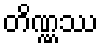
တိဏ္ဏဿ